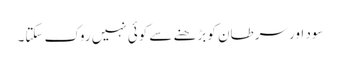
سود اور سرطان کو بڑھنے سے کوئی نہیں روک سکتا۔